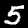
Digit: 5